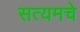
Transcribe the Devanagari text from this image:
सत्यमचे